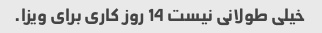
خیلی طولانی نیست 14 روز کاری برای ویزا.